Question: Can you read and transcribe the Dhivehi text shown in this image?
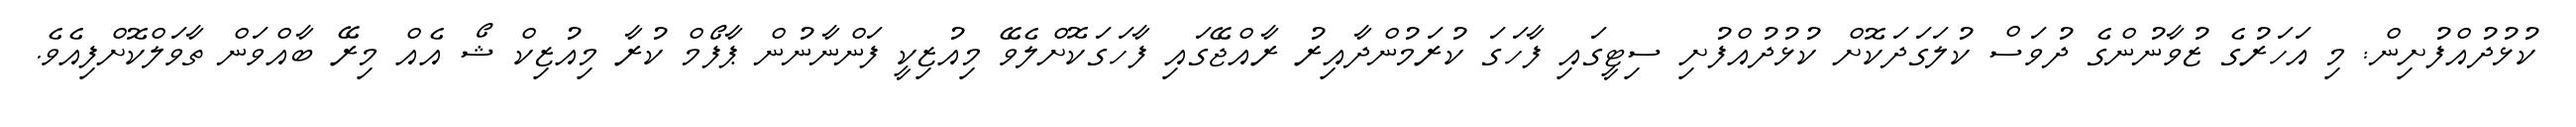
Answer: ކުޅުދުއްފުށިން: މި އަހަރުގެ ޒުވާނުންގެ ދުވަސް ކުލަގަދަކޮށް ކުޅުދުއްފުށި ސިޓީގައި ފާހަގަ ކުރަމުންދާއިރު ރާއްޖޭގައި ފާހަގަކޮށްލެވޭ މިއުޒިކީ ފަންނާނުން ޕާފޯމް ކުރާ މިއުޒިކް ޝޯ އެއް މިރޭ ބާއްވަން ތާވަލްކޮށްފިއެވެ.